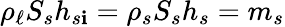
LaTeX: \rho_{\ell}S_{s}h_{s\mathbf{i}}=\rho_{s}S_{s}h_{s}=m_{s}